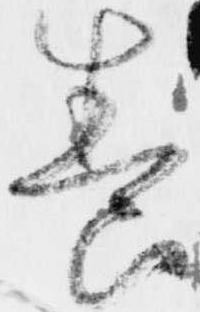
養